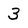
Character: 3